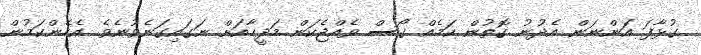
ގުޅާފަ އަަންނަން އެދުނު ގޮތުން ކަމެއް ގޯސް ވެއްޖެކަން މަދީހާއަށް ނަގައިގަނެވުނެވެ. އެހެންކަމުން